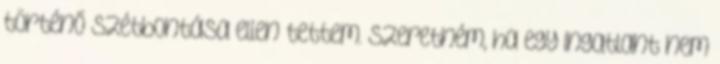
történő szétbontása ellen tettem. Szeretném, ha egy ingatlant nem